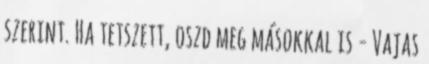
szerint. Ha tetszett, oszd meg másokkal is - Vajas